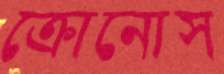
ক্রোনোস